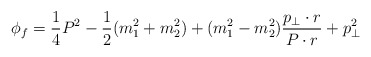
\begin{align*}\phi_f= \frac{1}{4}P^2 - \frac{1}{2}(m^2_1 + m_2^2) + (m_1^2 - m_2^2)\frac{p_\bot \cdot r}{P \cdot r} + p_\bot^2\end{align*}